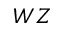
W Z